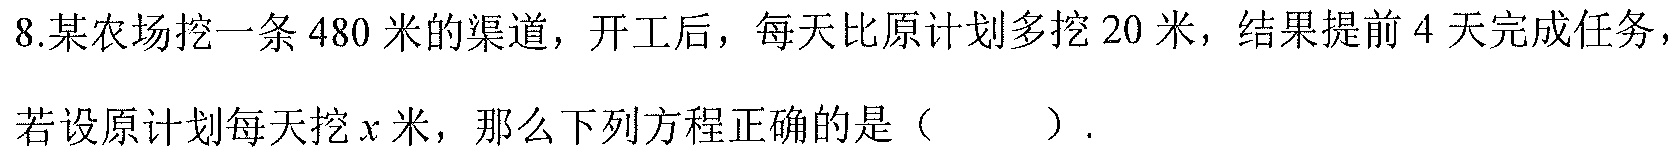
8.某农场挖一条$480$米的渠道，开工后，每天比原计划多挖$20$米，结果提前$4$天完成任务，
若设原计划每天挖$x$米，那么下列方程正确的是（  ）.